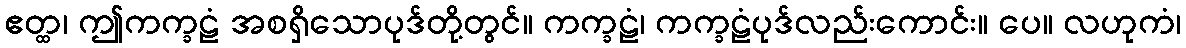
ဧတ္ထ၊ ဤကက္ခဠံ အစရှိသောပုဒ်တို့တွင်။ ကက္ခဠံ၊ ကက္ခဠံပုဒ်လည်းကောင်း။ ပေ။ လဟုကံ၊